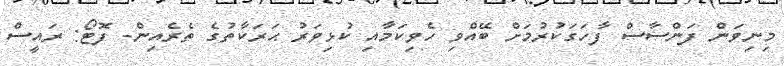
މިނިވަން ފަންސާސް ފާހަގަކުރުމަށް ބޭއްވި ހެވިކަމާއި ކުޅިވަރު ޙަރަކާތުގެ ތެރެއިން- ފޮޓޯ: ރައީސް